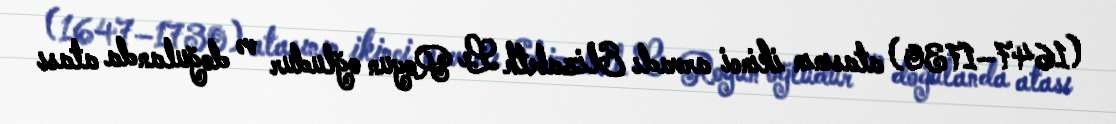
(1647–1730) atasının ikinci arvadı Elizabeth Le Royun oğludur və doğulanda atası